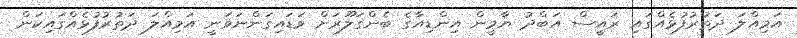
އަމިއްލަ ދަތުރުފުޅެއްގައި ރައީސް އަބްދު ޔާމީން އިންޑިއާގެ ބެންގަލޫރަށް ވަޑައިގަންނަވަނީ އަމިއްލަ ދަތުރުފުޅެއްގައިކަން